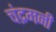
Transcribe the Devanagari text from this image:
चंद्रमनी